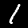
Digit: 1